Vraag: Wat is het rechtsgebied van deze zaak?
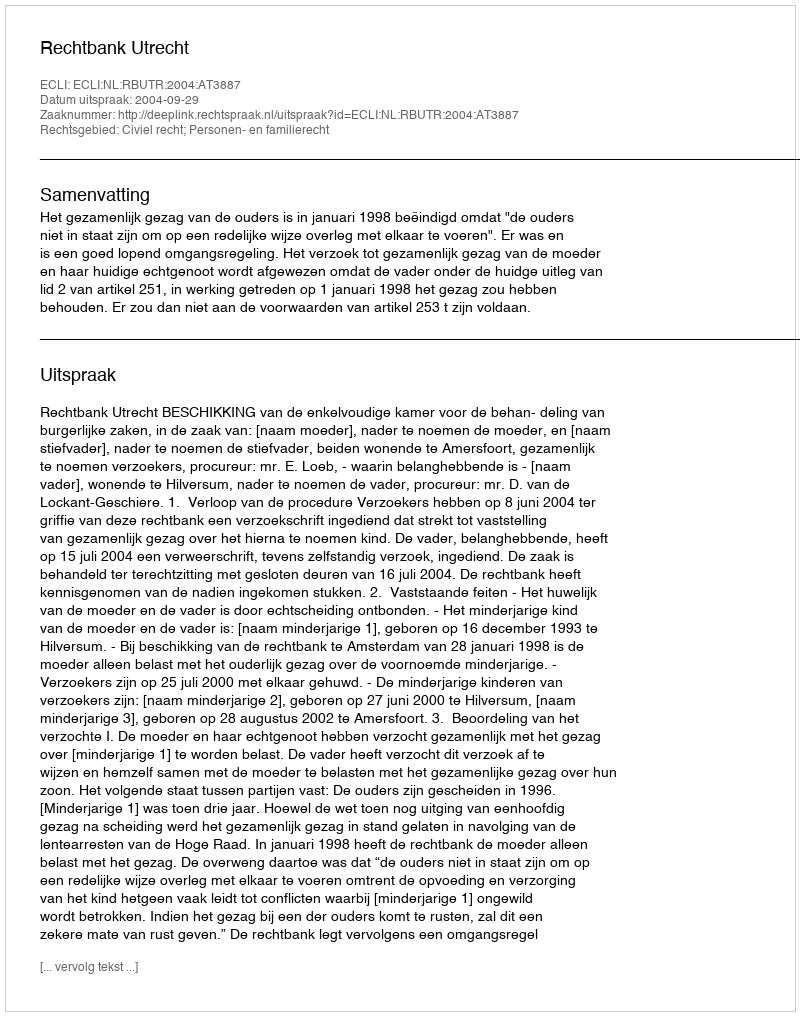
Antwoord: Civiel recht; Personen- en familierecht